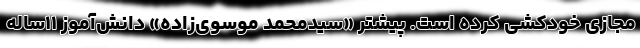
مجازی خودکشی کرده است. پیشتر «سیدمحمد موسوی‌زاده» دانش‌آموز ۱۱ساله